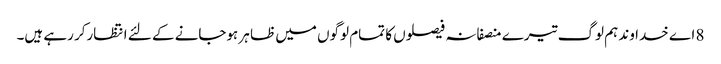
8 اے خدا وند ہم لوگ تیرے منصفانہ فیصلوں کا تمام لوگوں میں ظا ہر ہوجانے کے لئے انتظارکر رہے ہیں۔